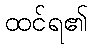
ထင်ရ၏